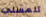
تلمسني